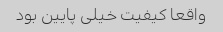
واقعا کیفیت خیلی پایین بود